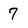
Character: 7